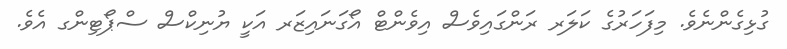
ގުޅިގެންނެވެ. މިފަހަރުގެ ކަލަރ ރަންގައިވެސް އިވެންޓް އޯގަނައިޒަރ އަކީ ޔުނިކްސް ސްޕޯޓިންގ އެވެ.